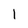
Character: l